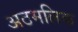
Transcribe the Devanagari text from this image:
अठमलिक